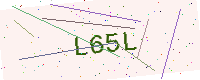
Text: L65L